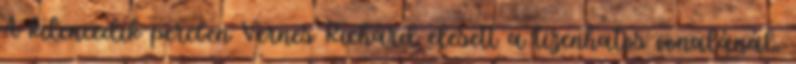
A kilencedik percben Vernes Richárd elesett a tizenhatos vonalánál,